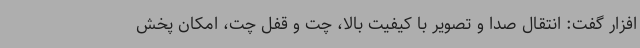
افزار گفت: انتقال صدا و تصویر با کیفیت بالا، چت و قفل چت، امکان پخش